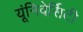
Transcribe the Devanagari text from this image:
यूंनिवेर्सिटी